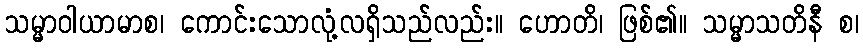
သမ္မာဝါယာမာစ၊ ကောင်းသောလုံ့လရှိသည်လည်း။ ဟောတိ၊ ဖြစ်၏။ သမ္မာသတိနီ စ၊